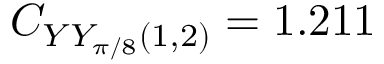
C _ { Y Y _ { \pi / 8 } ( 1 , 2 ) } = 1 . 2 1 1